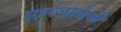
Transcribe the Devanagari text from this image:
सारजादेवी